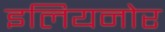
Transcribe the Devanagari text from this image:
इलियनोर